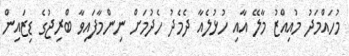
މުހައްމަދު މުއިއްޒު މާލޭ އާއި ހުޅުލެއާ ދެމެދު ހެދުމަށް ނިންމާފައިވާ ބްރިޖުގެ ޑިޒައިން